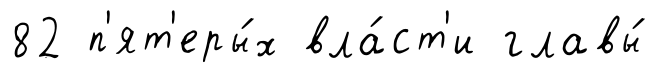
82 п'ят'еры́х вла́ст'и главы́